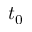
t _ { 0 }